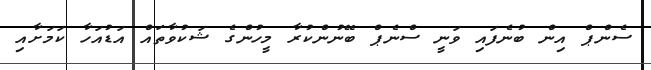
ސެންޕް އިން ބުނެފައި ވަނީ ސްނެޕް ބޭނުންކުރާ މީހުންގެ ޝަކުވާތައް އަޑުއަހާ ކަމަށާއި